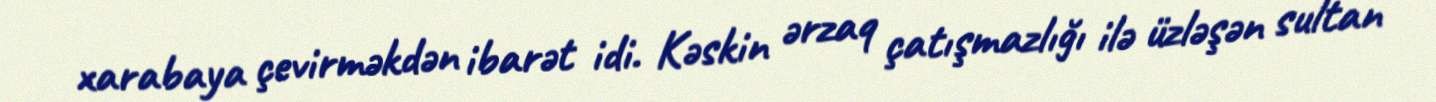
xarabaya çevirməkdən ibarət idi. Kəskin ərzaq çatışmazlığı ilə üzləşən sultan